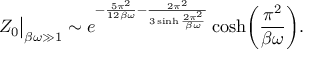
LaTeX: Z _ { 0 } \big | _ { \beta \omega \gg 1 } \sim e ^ { - \frac { 5 \pi ^ { 2 } } { 1 2 \beta \omega } - \frac { 2 \pi ^ { 2 } } { 3 \sinh \frac { 2 \pi ^ { 2 } } { \beta \omega } } } \cosh \biggl ( \frac { \pi ^ { 2 } } { \beta \omega } \biggr ) .